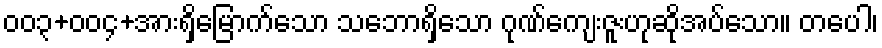
၀၀၃+၀၀၄+အားရှိမြောက်သော သဘောရှိသော ဂုဏ်ကျေးဇူးဟုဆိုအပ်သော။ တပေါ၊